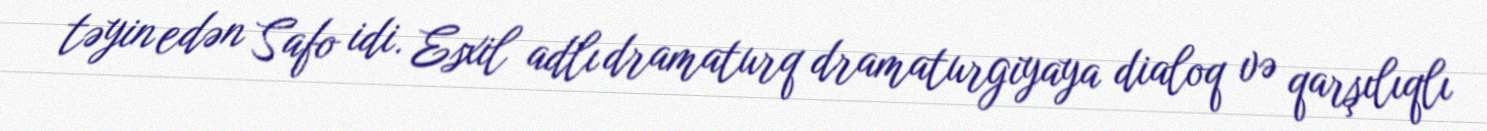
təyin edən Safo idi. Esxil adlı dramaturq dramaturgiyaya dialoq və qarşılıqlı